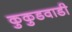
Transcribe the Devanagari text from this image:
कुकुडवाडी